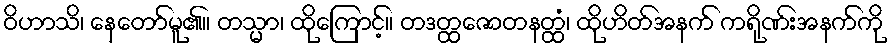
ဝိဟာသိ၊ နေတော်မူ၏။ တသ္မာ၊ ထိုကြောင့်။ တဒတ္ထဇောတနတ္ထံ၊ ထိုဟိတ်အနက် ကရိုဏ်းအနက်ကို